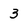
Character: 3